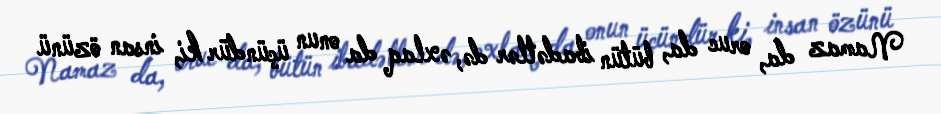
Namaz da, oruc da, bütün ibadətlər də, əxlaq da onun üçündür ki, insan özünü